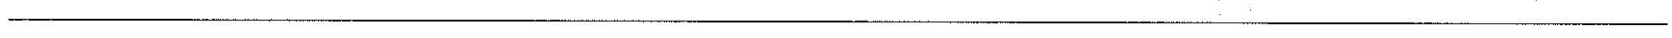
___